Calcutta medical institutions reports 1879-81 [i.e.91]
Year: 1879
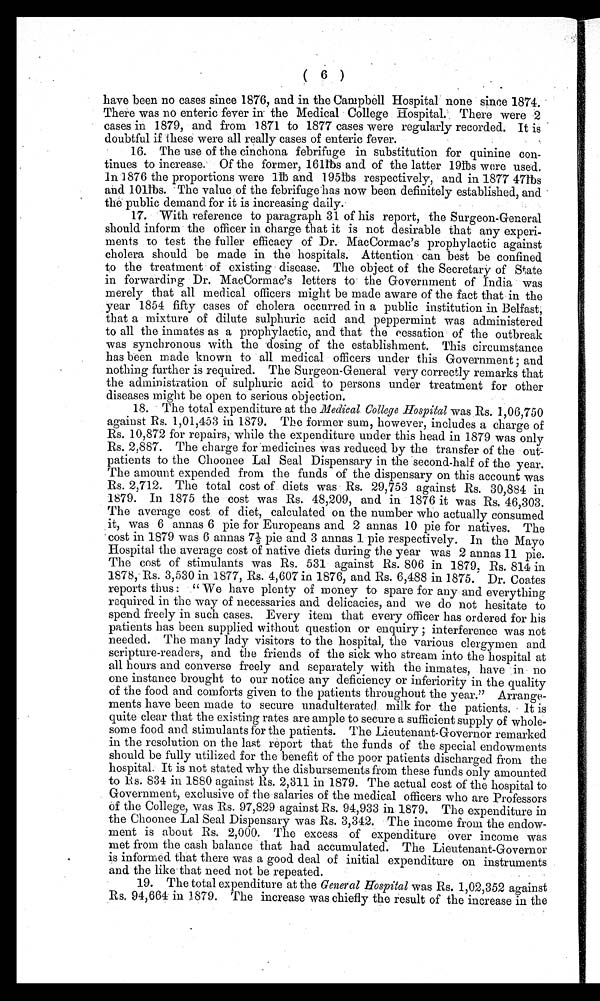
( 6 )
have been no cases since 1876, and in the Campbell Hospital none since 1874.
There was no enteric fever in the Medical College Hospital. There were 2
cases in 1879, and from 1871 to 1877 cases were regularly recorded. It is
doubtful if these were all really cases of enteric fever.
16. The use of the cinchona febrifuge in substitution for quinine con
-
tinues to increase. Of the former, 161 Њ s and of the latter 19Њ s were used.
In 1876 the proportions were 1Њ and 195Њ s respectively, and in 1877 47Њ s
and 101Њ s. The value of the febrifuge has now been definitely established, and
the public demand for it is increasing daily.
17. With reference to paragraph 31 of his report, the Surgeon-General
should inform the officer in charge that it is not desirable that any experi
-
ments to test the fuller efficacy of Dr. MacCormac's prophylactic against
cholera should be made in the hospitals. Attention can best be confined
to the treatment of existing disease. The object of the Secretary of State
in forwarding Dr. MacCormac's letters to the Government of India was
merely that all medical officers might be made aware of the fact that in the
year 1854 fifty cases of cholera occurred in a public institution in Belfast,
that a mixture of dilute sulphuric acid and peppermint was administered
to all the inmates as a prophylactic, and that the cessation of the outbreak
was synchronous with the dosing of the establishment. This circumstance
has been made known to all medical officers under this Government; and
nothing further is required. The Surgeon-General very correctly remarks that
the administration of sulphuric acid to persons under treatment for other
diseases might be open to serious objection.
18. The total expenditure at the Medical College Hospital was Rs. 1,06,750
against Rs. 1,01,453 in 1879. The former sum, however, includes a charge of
Rs. 10,872 for repairs, while the expenditure under this head in 1879 was only
Rs. 2,887. The charge for medicines was reduced by the transfer of the out
-
patients to the Choonee Lal Seal Dispensary in the second-half of the year.
The amount expended from the funds of the dispensary on this account was
Rs. 2,712. The total cost of diets was Rs. 29,753 against Rs. 30,884 in
1879. In 1875 the cost was Rs. 48,209, and in 1876 it was Rs. 46,303.
The average cost of diet, calculated on the number who actually consumed
it, was 6 annas 6 pie for Europeans and 2 annas 10 pie for natives. The
cost in 1879 was 6 annas 7½ pie and 3 annas 1 pie respectively. In the Mayo
Hospital the average cost of native diets during the year was 2 annas 11 pie.
The cost of stimulants was Rs. 531 against Rs. 806 in 1879, Rs. 814 in
1878, Rs. 3,530 in 1877, Rs. 4,607 in 1876, and Rs. 6,488 in 1875. Dr. Coates
reports thus: "We have plenty of money to spare for any and everything
required in the way of necessaries and delicacies, and we do not hesitate to
spend freely in such cases. Every item that every officer has ordered for his
patients has been supplied without question or enquiry; interference was not
needed. The many lady visitors to the hospital, the various clergymen and
scripture-readers, and the friends of the sick who stream into the hospital at
all hours and converse freely and separately with the inmates, have in no
one instance brought to our notice any deficiency or inferiority in the quality
of the food and comforts given to the patients throughout the year." Arrange
-
ments have been made to secure unadulterated milk for the patients. It is
quite clear that the existing rates are ample to secure a sufficient supply of whole
-
some food and stimulants for the patients. The Lieutenant-Governor remarked
in the resolution on the last report that the funds of the special endowments
should be fully utilized for the benefit of the poor patients discharged from the
hospital. It is not stated why the disbursements from these funds only amounted
t o R s . 8 3 4 i n 1 8 8 0 a g a i n s t R s . 2 , 3 1 1 i n 1 8 7 9 . T h e a c t u a l c o s t o f t h e h o s p i t a l t o
Government, exclusive of the salaries of the medical officers who are Professors
of the College, was Rs. 97,829 against Rs. 94,933 in 1879. The expenditure in
the Choonee Lal Seal Dispensary was Rs. 3,342. The income from the endow
-
ment is about Rs. 2,000. The excess of expenditure over income was
met from the cash balance that had accumulated. The Lieutenant-Governor
is informed that there was a good deal of initial expenditure on instruments
and the like that need not be repeated.
19. The total expenditure at the General Hospital was Rs. 1,02,352 against
R s . 9 4 , 6 6 4 i n 1 8 7 9 . T h e i n c r e a s e w a s c h i e f l y t h e r e s u l t o f t h e i n c r e a s e i n t h e